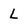
Character: L